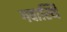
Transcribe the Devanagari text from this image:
गवास्थि